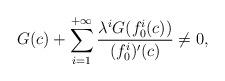
LaTeX: \begin{align*}G(c)+\sum_{i=1}^{+\infty}\frac{\lambda^i G(f_0^i(c))}{(f_0^i)'(c)}\neq 0,\end{align*}